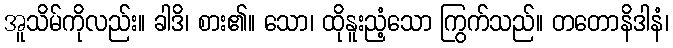
အူသိမ်ကိုလည်း။ ခါဒိ၊ စား၏။ သော၊ ထိုနူးညံ့သော ကြွက်သည်။ တတောနိဒါနံ၊